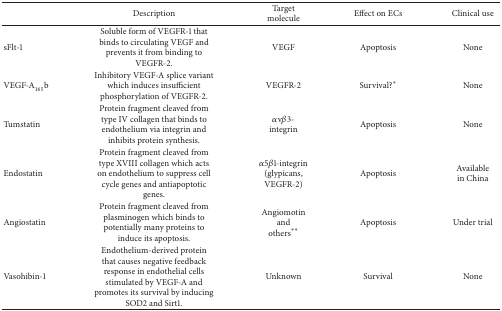
|  | Description | Target molecule | Effect on ECs | Clinical use |
 | --- | --- | --- | --- | --- |
 | sFlt-1 | Soluble form of VEGFR-1 that binds to circulating VEGF and prevents it from binding to VEGFR-2. | VEGF | Apoptosis | None |
 | VEGF-A165b | Inhibitory VEGF-A splice variant which induces insufficient phosphorylation of VEGFR-2. | VEGFR-2 | Survival?∗ | None |
 | Tumstatin | Protein fragment cleaved from type IV collagen that binds to endothelium via integrin and inhibits protein synthesis. | αvβ3-integrin | Apoptosis | None |
 | Endostatin | Protein fragment cleaved from type XVIII collagen which acts on endothelium to suppress cell cycle genes and antiapoptotic genes. | α5β1-integrin (glypicans, VEGFR-2) | Apoptosis | Availablein China |
 | Angiostatin | Protein fragment cleaved from plasminogen which binds to potentially many proteins to induce its apoptosis. | Angiomotin andothers∗∗ | Apoptosis | Under trial |
 | Vasohibin-1 | Endothelium-derived protein that causes negative feedback response in endothelial cells stimulated by VEGF-A and promotes its survival by inducing SOD2 and Sirt1. | Unknown | Survival | None |